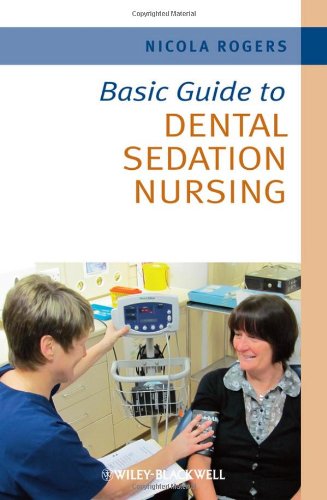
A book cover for Basic Guide to Dental Sedation Nursing; Nicola Rogers; Medical Books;